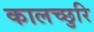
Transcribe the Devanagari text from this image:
कालच्छुरि